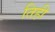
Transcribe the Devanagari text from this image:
तिही